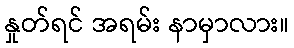
နှုတ်ရင် အရမ်း နာမှာလား။